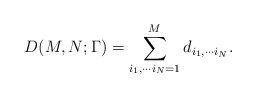
\begin{align*}D(M,N;\Gamma)= \sum_{i_{1},\cdots i_{N}=1}^{M} d_{i_{1},\cdots i_{N}}.\end{align*}